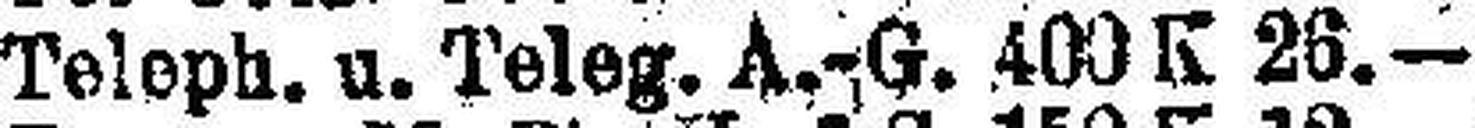
Teleph. n. Teleg. A.-G. 400 K 26.—